Indian journal of veterinary science and animal husbandry - Volume 6,
Year: 1936
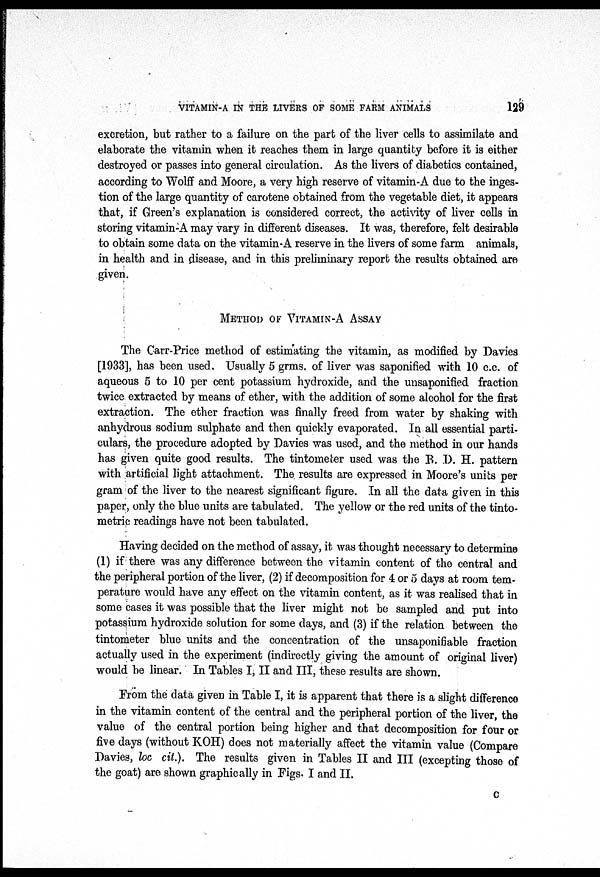
VITAMIN-A IN THE LIVERS OF SOME FARM ANIMALS
129
excretion, but rather to a failure on the part of the liver cells to assimilate and
elaborate the vitamin when it reaches them in large quantity before it is either
destroyed or passes into general circulation. As the livers of diabetics contained,
according to Wolff and Moore, a very high reserve of vitamin-A due to the inges-
tion of the large quantity of carotene obtained from the vegetable diet, it appears
that, if Green's explanation is considered correct, the activity of liver cells in
storing vitamin-A may vary in different diseases. It was, therefore, felt desirable
to obtain some data on the vitamin-A reserve in the livers of some farm animals,
in health and in disease, and in this preliminary report the results obtained are
given.
METHOD OF VITAMIN-A ASSAY
The Carr-Price method of estimating the vitamin, as modified by Davies
[1933], has been used. Usually 5 grms. of liver was saponified with 10 c.c. of
aqueous 5 to 10 per cent potassium hydroxide, and the unsaponified fraction
twice extracted by means of ether, with the addition of some alcohol for the first
extraction. The ether fraction was finally freed from water by shaking with
anhydrous sodium sulphate and then quickly evaporated. In all essential parti-
culars, the procedure adopted by Davies was used, and the method in our hands
has given quite good results. The tintometer used was the B. D. H. pattern
with artificial light attachment. The results are expressed in Moore's units per
gram of the liver to the nearest significant figure. In all the data given in this
paper, only the blue units are tabulated. The yellow or the red units of the tinto-
metric readings have not been tabulated.
Having decided on the method of assay, it was thought necessary to determine
(1) if there was any difference between the vitamin content of the central and
the peripheral portion of the liver, (2) if decomposition for 4 or 5 days at room tem-
perature would have any effect on the vitamin content, as it was realised that in
some cases it was possible that the liver might not be sampled and put into
potassium hydroxide solution for some days, and (3) if the relation between the
tintometer blue units and the concentration of the unsaponifiable fraction
actually used in the experiment (indirectly giving the amount of original liver)
would be linear. In Tables I, II and III, these results are shown.
From the data given in Table I, it is apparent that there is a slight difference
in the vitamin content of the central and the peripheral portion of the liver, the
value of the central portion being higher and that decomposition for four or
five days (without KOH) does not materially affect the vitamin value (Compare
Davies, loc cit.). The results given in Tables II and III (excepting those of
the goat) are shown graphically in Figs. I and II.
C